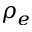
\rho _ { e }